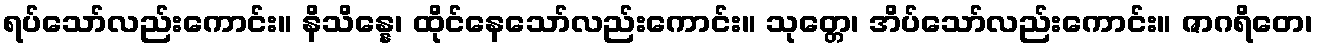
ရပ်သော်လည်းကောင်း။ နိသိန္နေ၊ ထိုင်နေသော်လည်းကောင်း။ သုတ္တေ၊ အိပ်သော်လည်းကောင်း။ ဇာဂရိတေ၊